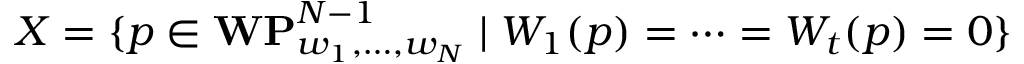
X = \{ p \in { \bf W P } _ { w _ { 1 } , \ldots , w _ { N } } ^ { N - 1 } \mid W _ { 1 } ( p ) = \cdots = W _ { t } ( p ) = 0 \}